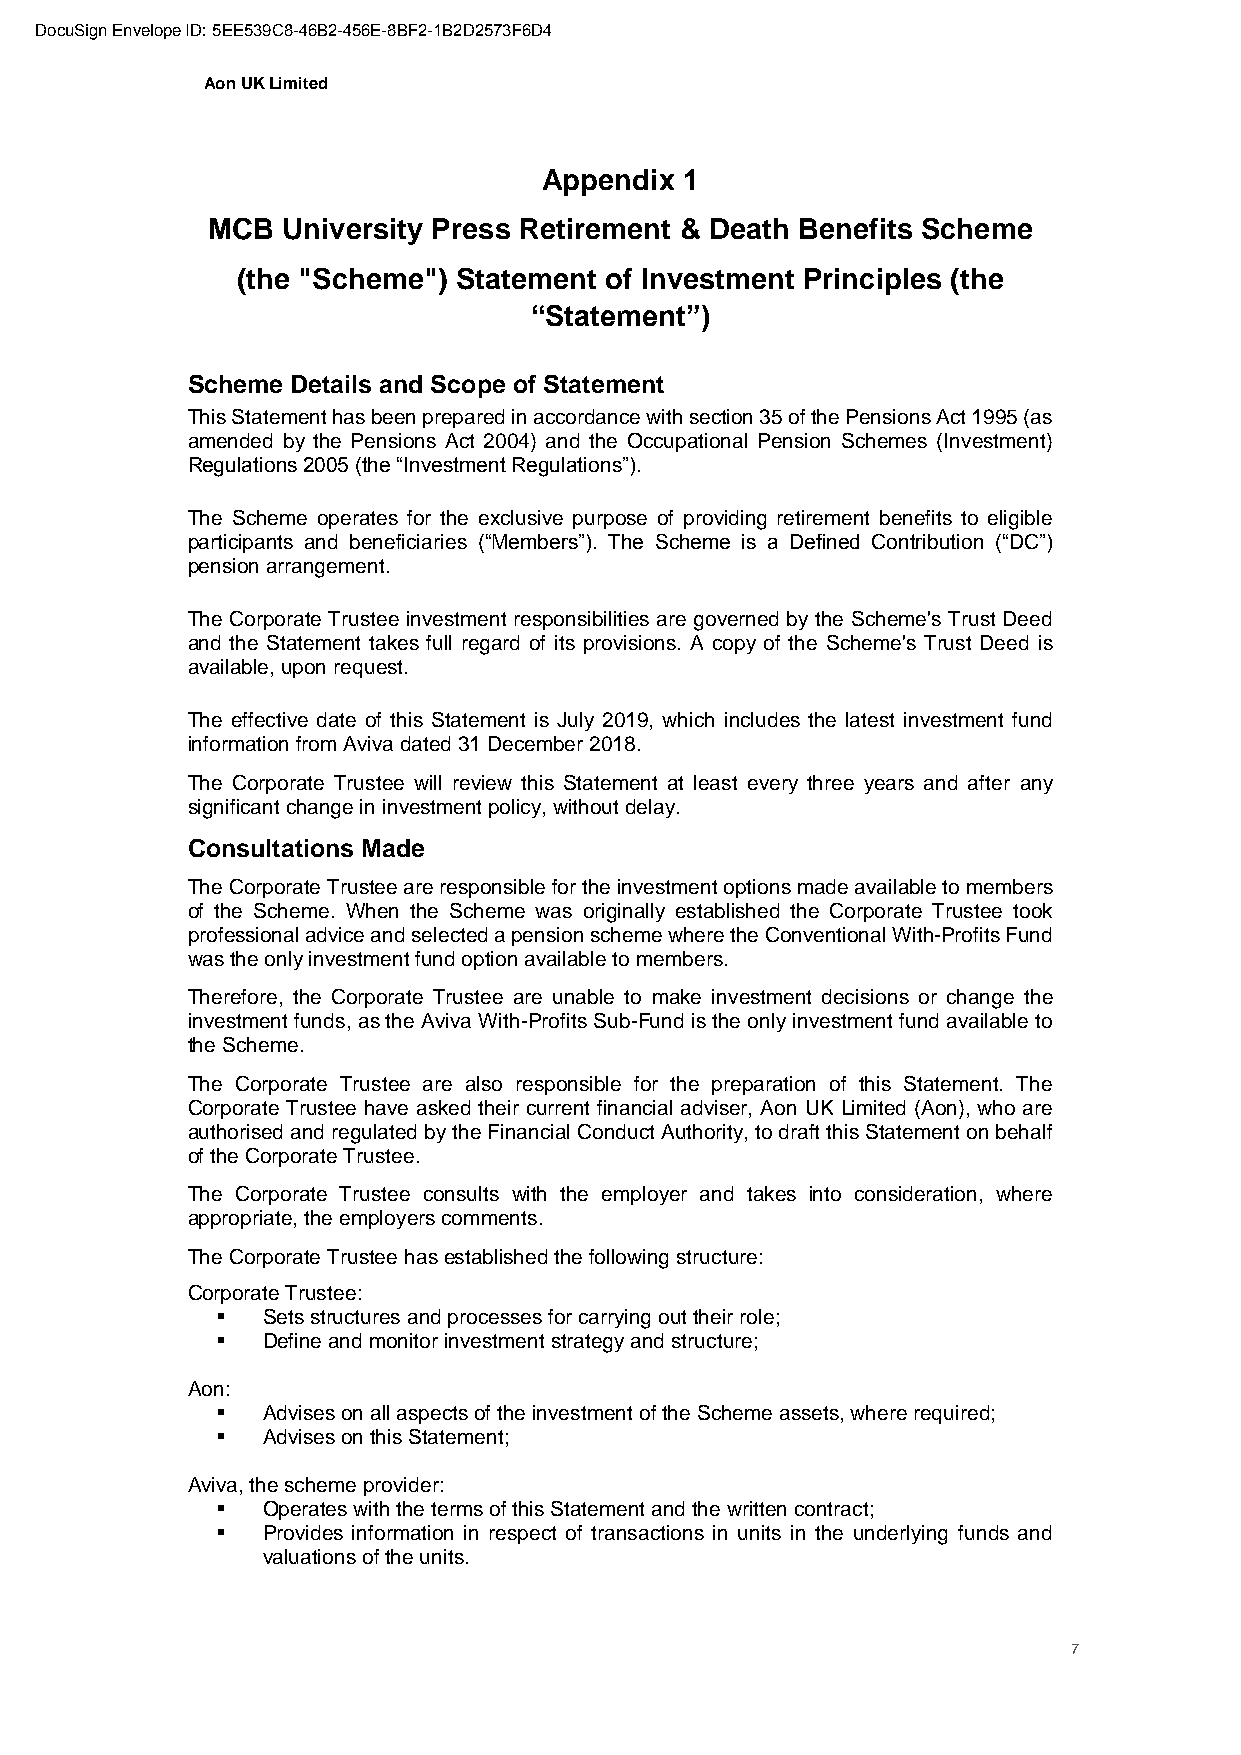
DocuSign Envelope ID: 5EE539C8-46B2-456E-8BF2-1B2D2573F6D4
 Aon UK Limited
 Appendix 1
 MCB  University Press Retirement & Death Benefits Scheme
 (the "Scheme") Statement of Investment Principles (the
 “Statement”)
 Scheme Details and Scope of Statement
 This Statement has been prepared in accordance with section 35 of the Pensions Act 1995 (as
 amended by the Pensions Act 2004) and the Occupational Pension Schemes (Investment)
 Regulations 2005 (the “Investment Regulations”).
 The Scheme operates for the exclusive purpose of providing retirement benefits to eligible
 participants and beneficiaries (“Members”). The Scheme is a Defined Contribution (“DC”)
 pension arrangement.
 The Corporate Trustee investment responsibilities are governed by the Scheme's Trust Deed
 and the Statement takes full regard of its provisions. A copy of the Scheme's Trust Deed is
 available, upon request.
 The effective date of this Statement is July 2019, which includes the latest investment fund
 information from Aviva dated 31 December 2018.
 The Corporate Trustee will review this Statement at least every three years and after any
 significant change in investment policy, without delay.
 Consultations Made
 The Corporate Trustee are responsible for the investment options made available to members
 of the Scheme. When the Scheme was originally established the Corporate Trustee took
 professional advice and selected a pension scheme where the Conventional With-Profits Fund
 was the only investment fund option available to members.
 Therefore, the Corporate Trustee are unable to make investment decisions or change the
 investment funds, as the Aviva With-Profits Sub-Fund is the only investment fund available to
 the Scheme.
 The Corporate Trustee are also responsible for the preparation of this Statement. The
 Corporate Trustee have asked their current financial adviser, Aon UK Limited (Aon), who are
 authorised and regulated by the Financial Conduct Authority, to draft this Statement on behalf
 of the Corporate Trustee.
 The Corporate Trustee consults with the employer and takes into consideration, where
 appropriate, the employers comments.
 The Corporate Trustee has established the following structure:
 Corporate Trustee:
 ▪  Sets structures and processes for carrying out their role;
 ▪  Define and monitor investment strategy and structure;
 Aon:
 ▪  Advises on all aspects of the investment of the Scheme assets, where required;
 ▪  Advises on this Statement;
 Aviva, the scheme provider:
 ▪  Operates with the terms of this Statement and the written contract;
 ▪  Provides information in respect of transactions in units in the underlying funds and
 valuations of the units.
 7